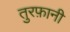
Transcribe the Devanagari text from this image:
तुरफ़ानी